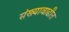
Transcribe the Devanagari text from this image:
संख्यावाढीत